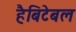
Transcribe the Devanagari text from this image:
हैबिटेबल